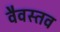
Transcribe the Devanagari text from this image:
वैवस्तव